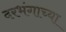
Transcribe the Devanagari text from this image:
दरभंगाच्या